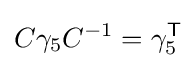
C\gamma _{5}C^{-1}=\gamma _{5}^{\textsf {T}}